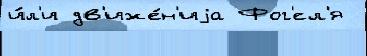
и́л'и дв'иже́н'иjа Фог'ел'я